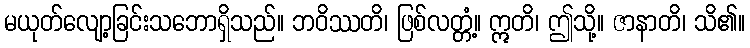
မယုတ်လျော့ခြင်းသဘောရှိသည်။ ဘဝိဿတိ၊ ဖြစ်လတ္တံ့။ ဣတိ၊ ဤသို့။ ဇာနာတိ၊ သိ၏။